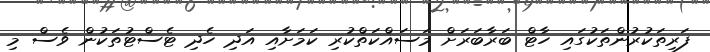
ފަރިތަކުރުންތަކުގައި ހާޓް ބަރާބަރަށް މަސައްކަތްކުރި ކަމަށާއި އަދި ހެދި ޓެސްޓުތަކުން ވެސް މި